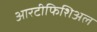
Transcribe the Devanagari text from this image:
आरटीफिशिअल